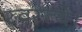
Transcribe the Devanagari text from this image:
स्वस्त्ये।